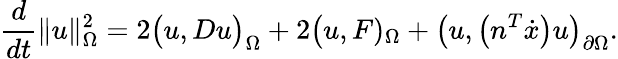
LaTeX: \frac{d}{dt}\| u\| _{\Omega}^{2}=2\big(u,Du\big)_{\Omega}+2\big(u,F)_{\Omega}+\big(u,\big(n^{T}\dot{x}\big)u\big)_{\partial\Omega}.